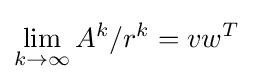
\lim _{k\rightarrow \infty }A^{k}/r^{k}=vw^{T}